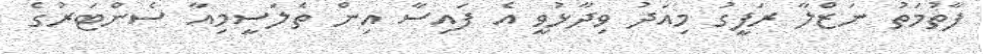
ފާތުމަތު ނަޒްލާ ރަފީގު މިއަދު ވިދާޅުވީ އެ ފައިސާ އިން ތެލަސީމިއާ ސެންޓަރުގެ